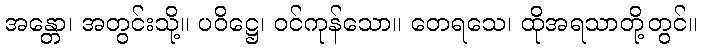
အန္တော၊ အတွင်းသို့။ ပဝိဋ္ဌေ၊ ဝင်ကုန်သော။ တေရသေ၊ ထိုအရသာတို့တွင်။